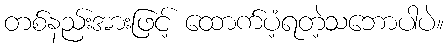
တစ်နည်းအားဖြင့် ထောက်ပံ့ရတဲ့သဘောပါပဲ။